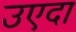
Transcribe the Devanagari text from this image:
उएदा